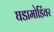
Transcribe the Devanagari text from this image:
घडामोडिंवर